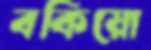
বকিয়ো